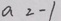
a = - 1